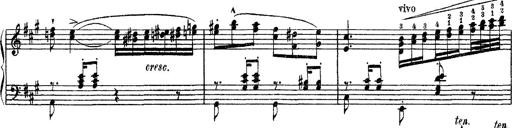
Title: Apparitions
Composer: Franz Liszt